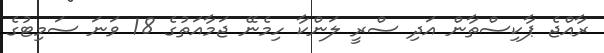
ރާއްޖެ ޕާކިސްތާން އަދި ސްރީ ލަންކާ ހިމެނޭ ޖަމާއަތުގެ 18 ވަނަ ސަމިޓުގެ